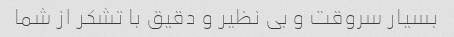
بسیار سروقت و بی نظیر و دقیق با تشکر از شما